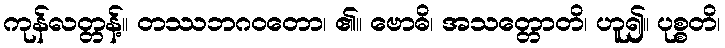
ကုန်လတ္တန့်။ တဿဘဂဝတော၊ ၏။ ဗောဓိ၊ အသတ္တောတိ၊ ဟူ၍။ ပုစ္စတိ၊